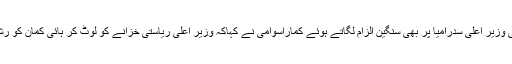
اس موقع پر ریاستی وزیر اعلیٰ سدرامیا پر بھی سنگین الزام لگاتے ہوئے کماراسوامی نے کہاکہ وزیر اعلیٰ ریاستی خزانے کو لوٹ کر ہائی کمان کو رشوت دے رہے ہیں۔